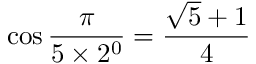
\cos { \frac { \pi } { 5 \times 2 ^ { 0 } } } = { \frac { { \sqrt { 5 } } + 1 } { 4 } }